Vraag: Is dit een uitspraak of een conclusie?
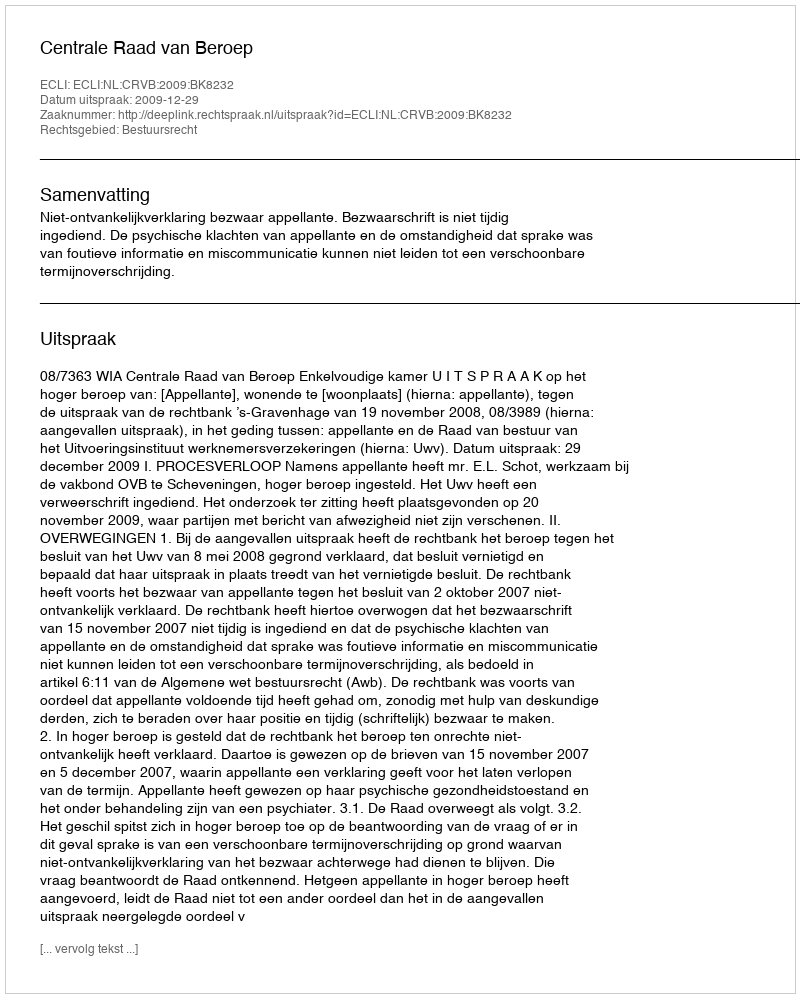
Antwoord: Uitspraak